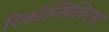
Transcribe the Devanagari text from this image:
रिकोन्सिलिएश्न